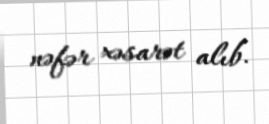
nəfər xəsarət alıb.